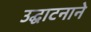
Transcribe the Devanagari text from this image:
उद्घाटनाने